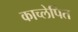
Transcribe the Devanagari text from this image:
काच्लेपित